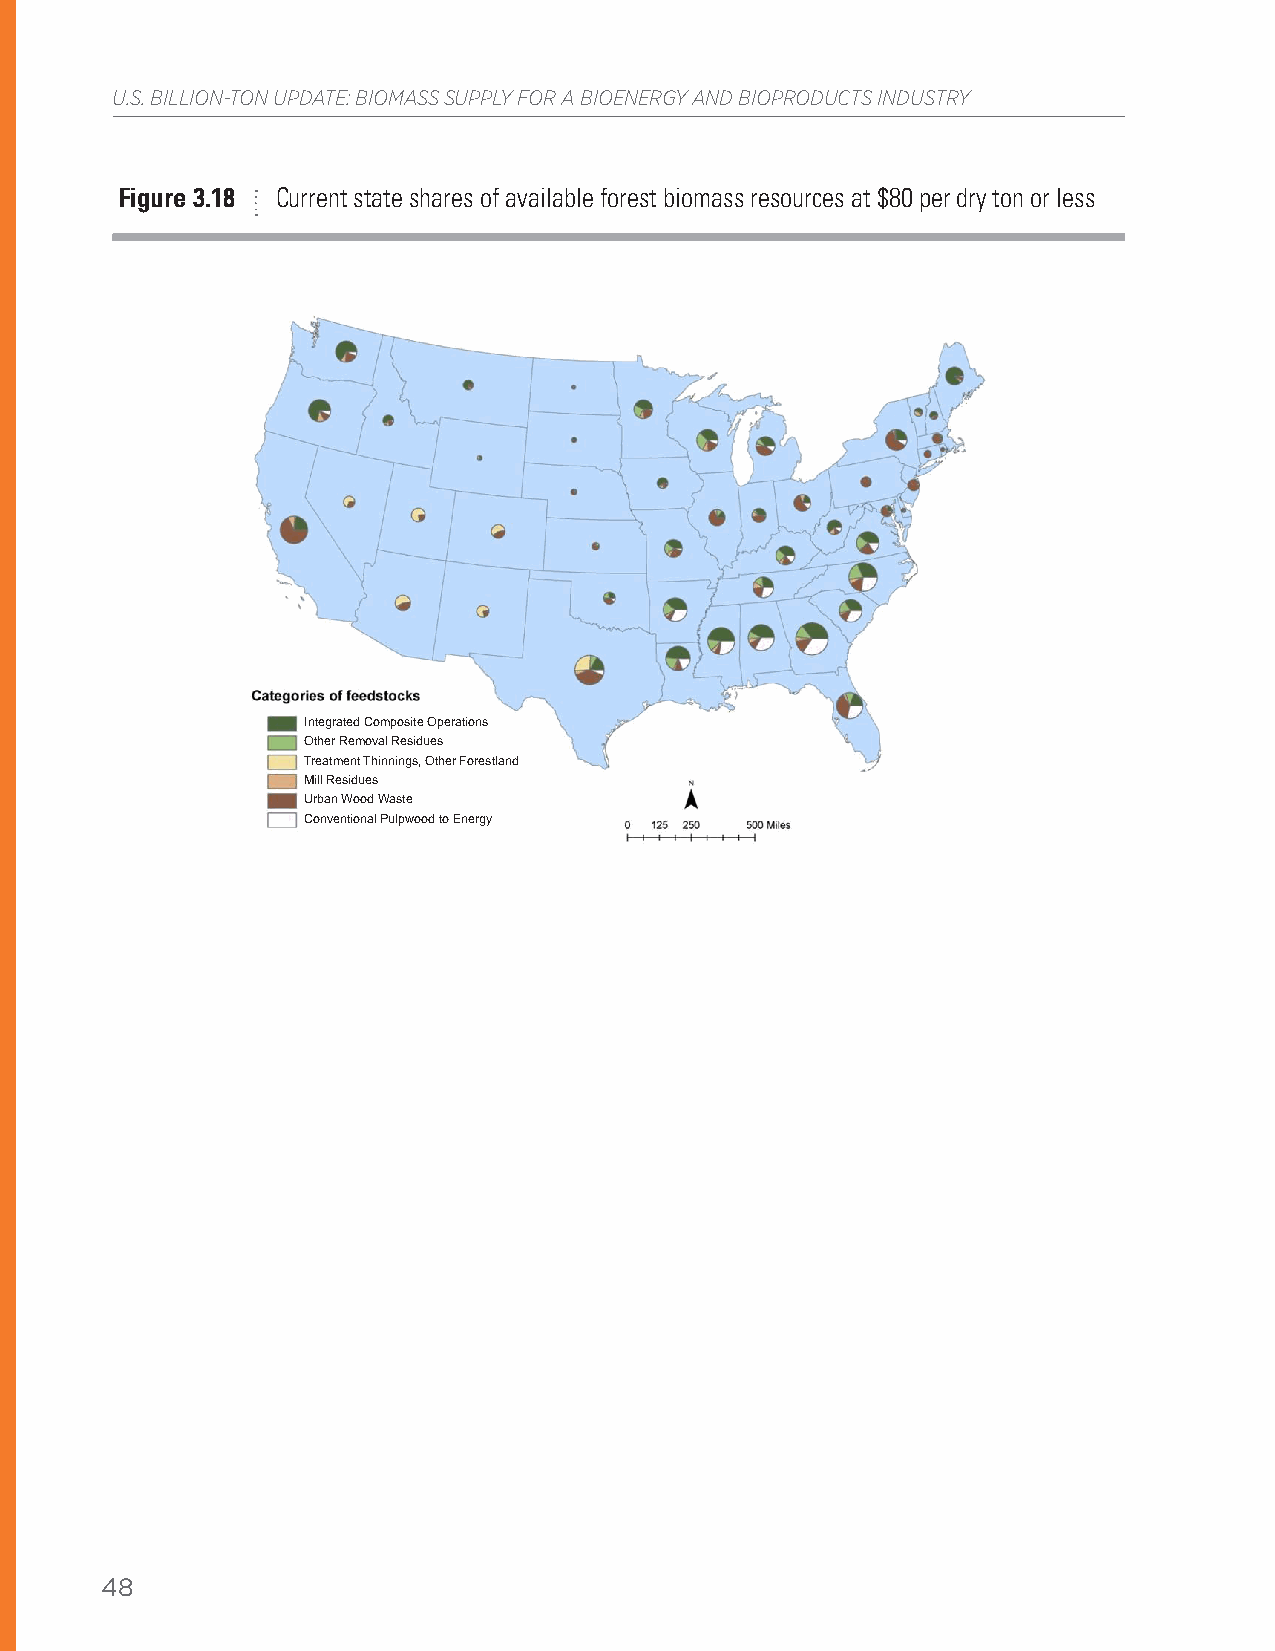
U.S. BILLION-TON UPDATE: BIOMASS SUPPLY FOR A BIOENERGY AND BIOPRODUCTS INDUSTRY
 Figure 3.18 Current state shares of available forest biomass resources at $80 per dry ton or less
 Integrated Composite Operations
 Other Removal Residues
 Treatment Thinnings, Other Forestland
 Mill Residues
 Urban Wood Waste
 Conventional Pulpwood to Energy
 48